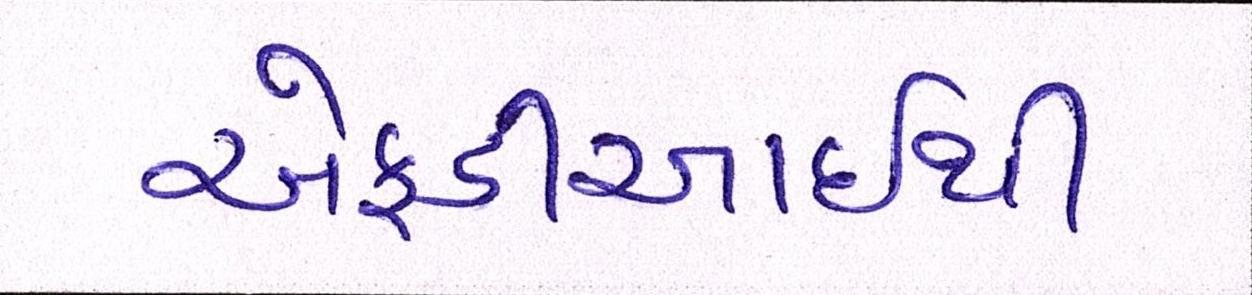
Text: એફડીઆઇથી